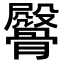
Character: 𩪔